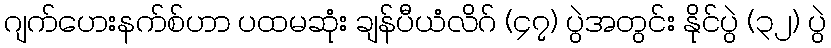
ဂျက်ဟေးနက်စ်ဟာ ပထမဆုံး ချန်ပီယံလိဂ် (၄၇) ပွဲအတွင်း နိုင်ပွဲ (၃၂) ပွဲ